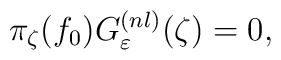
\pi_{\zeta}(f_0)G_\varepsilon^{(nl)}(\zeta)=0,